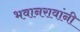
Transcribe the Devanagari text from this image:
भवानरावांनी